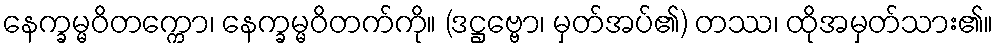
နေက္ခမ္မဝိတက္ကော၊ နေက္ခမ္မဝိတက်ကို။ (ဒဋ္ဌဗ္ဗော၊ မှတ်အပ်၏) တဿ၊ ထိုအမှတ်သား၏။